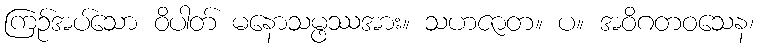
ကြဉ်အပ်သော ဝိပါတ် မနောသမ္ဖဿအား။ သဟဇာတ။ ပ။ အဝိဂတဝသေန၊